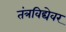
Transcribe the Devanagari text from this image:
तंत्रविद्येवर